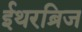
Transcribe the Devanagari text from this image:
ईथरब्रिज